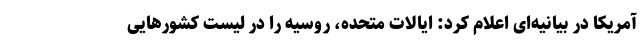
آمریکا در بیانیه‌ای اعلام کرد: ایالات متحده، روسیه را در لیست کشورهایی